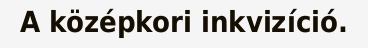
A középkori inkvizíció.